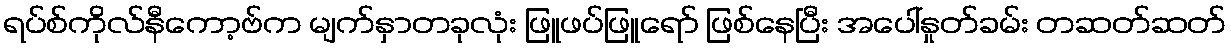
ရပ်စ်ကိုလ်နီကော့ဗ်က မျက်နှာတခုလုံး ဖြူဖပ်ဖြူရော် ဖြစ်နေပြီး အပေါ်နှုတ်ခမ်း တဆတ်ဆတ်